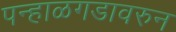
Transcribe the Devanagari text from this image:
पन्हाळगडावरुन